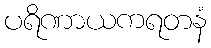
ပရိဏာယကရတနံ